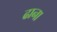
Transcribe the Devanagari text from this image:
ढाना